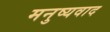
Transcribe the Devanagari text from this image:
मनुष्यवाद